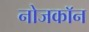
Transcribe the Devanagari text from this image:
नोजकाॅन